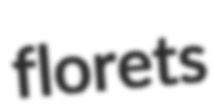
florets